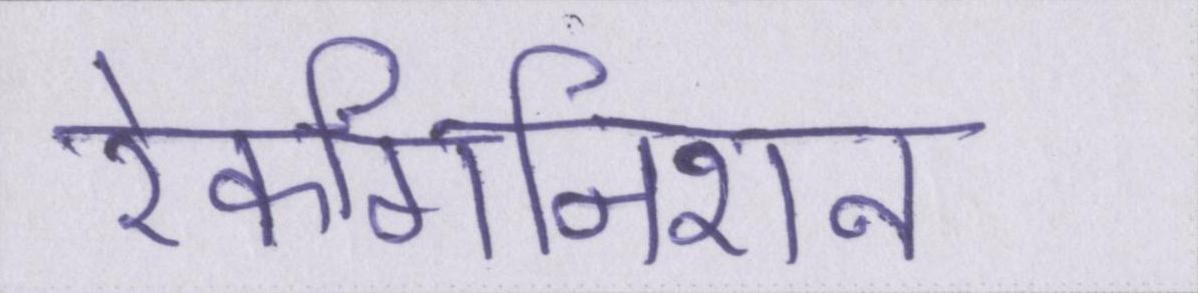
रेकगिनिशन